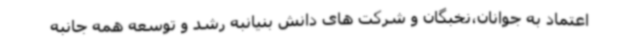
اعتماد به جوانان،نخبگان و شرکت های دانش بنیانبه رشد و توسعه همه جانبه